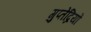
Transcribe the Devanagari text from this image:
गुप्तेंद्रियों